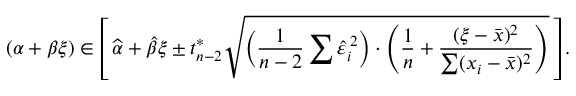
( \alpha + \beta \xi ) \in \left[ \, { \widehat { \alpha } } + { \widehat { \beta } } \xi \pm t _ { n - 2 } ^ { * } { \sqrt { \left( { \frac { 1 } { n - 2 } } \sum { \widehat { \varepsilon } } _ { i } ^ { \, 2 } \right) \cdot \left( { \frac { 1 } { n } } + { \frac { ( \xi - { \bar { x } } ) ^ { 2 } } { \sum ( x _ { i } - { \bar { x } } ) ^ { 2 } } } \right) } } \, \right] .